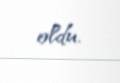
oldu.